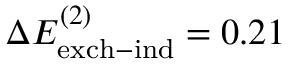
\Delta E _ { \mathrm { e x c h - i n d } } ^ { ( 2 ) } = 0 . 2 1